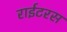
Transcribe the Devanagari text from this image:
राईटरस